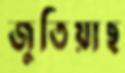
জুতিয়াছ